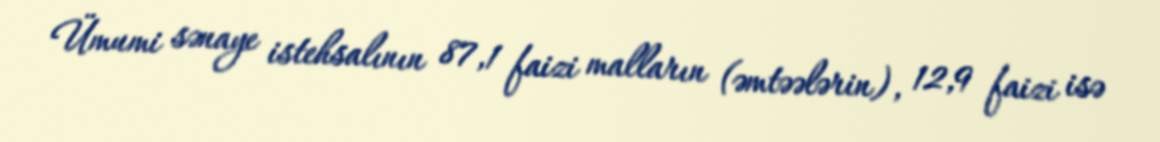
Ümumi sənaye istehsalının 87,1 faizi malların (əmtəələrin), 12,9 faizi isə